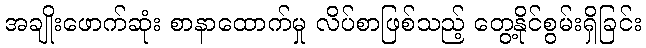
အချိုးဖောက်ဆုံး စာနာထောက်မှု လိပ်စာဖြစ်သည့် တွေ့နိုင်စွမ်းရှိခြင်း